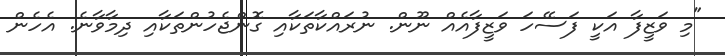
"މި ވަޒީފާ އަކީ ފަސޭހަ ވަޒީފާއެއް ނޫން. ނުރައްކާތަކާއި ގޮންޖެހުންތަކާއި ދިމާވާނެ. އެހެން